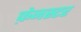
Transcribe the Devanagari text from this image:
फ़ेनस्टर